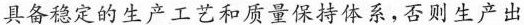
具备稳定的生产工艺和质量保持体系，否则生产出